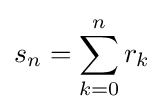
s_{n}=\sum _{k=0}^{n}r_{k}